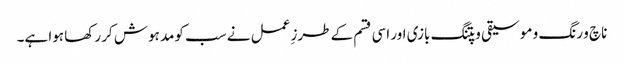
ناچ و رنگ و موسیقی و پتنگ بازی اور اسی قسم کے طرزِ عمل نے سب کومد ہوش کر رکھا ہوا ہے۔